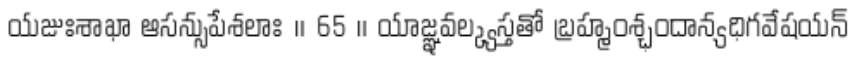
యజుఃశాఖా ఆసన్సుపేశలాః ॥ 65 ॥ యాజ్ఞవల్క్యస్తతో బ్రహ్మంశ్ఛందాన్యధిగవేషయన్